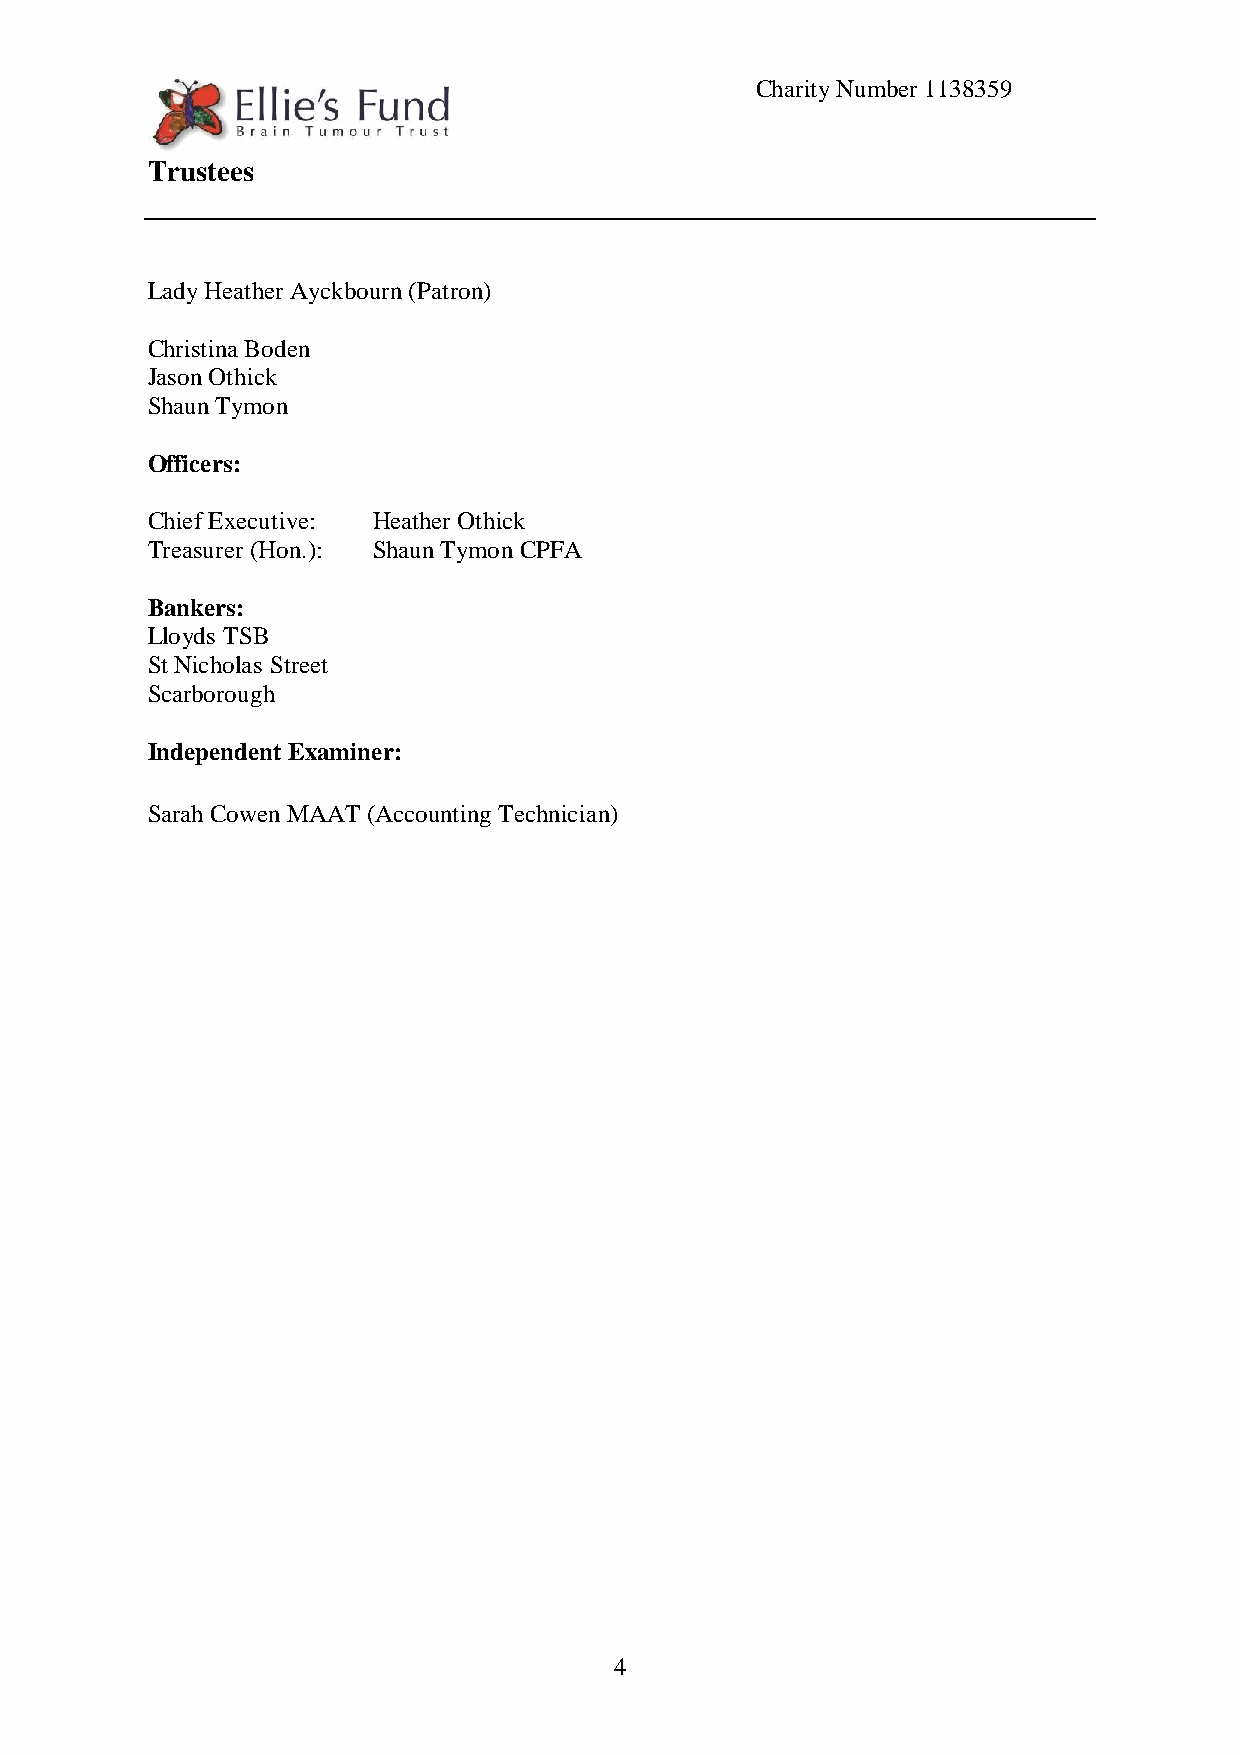
Charity Number 1138359
 Trustees
 Lady Heather Ayckbourn (Patron)
 Christina Boden
 Jason Othick
 Shaun Tymon
 Officers:
 Chief Executive: Heather Othick
 Treasurer (Hon.): Shaun Tymon CPFA
 Bankers:
 Lloyds TSB
 St Nicholas Street
 Scarborough
 Independent Examiner:
 Sarah Cowen MAAT (Accounting Technician)
 4